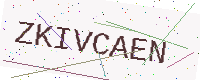
Text: ZKIVCAEN